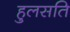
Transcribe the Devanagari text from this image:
हुलसति